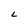
Character: L